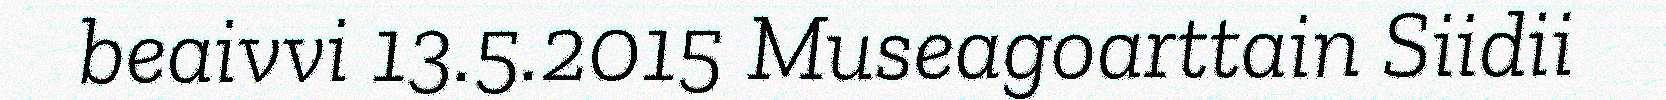
beaivvi 13.5.2015 Museagoarttain Siidii